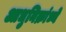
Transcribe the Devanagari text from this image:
आधुनिक्रांध्ये